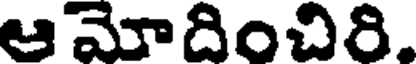
ఆమోదించిరి.